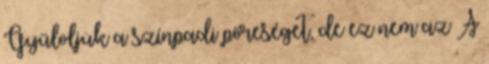
Gyűlöljük a színpadi pőreséget, de ez nem az A